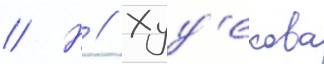
// Н // Худ'екова